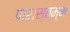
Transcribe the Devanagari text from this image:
पारास्तम्भ